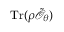
\mathrm { T r } ( \rho \tilde { \mathcal { O } } _ { \theta } )